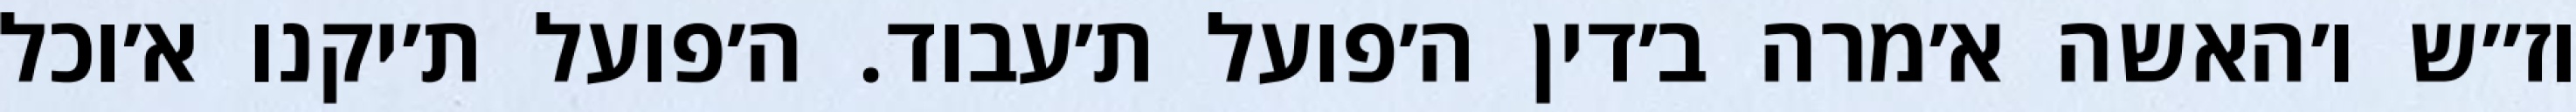
וז״ש ו׳האשה א׳מרה ב׳דין ה׳פועל ת׳עבוד. ה׳פועל ת׳יקנו א׳וכל